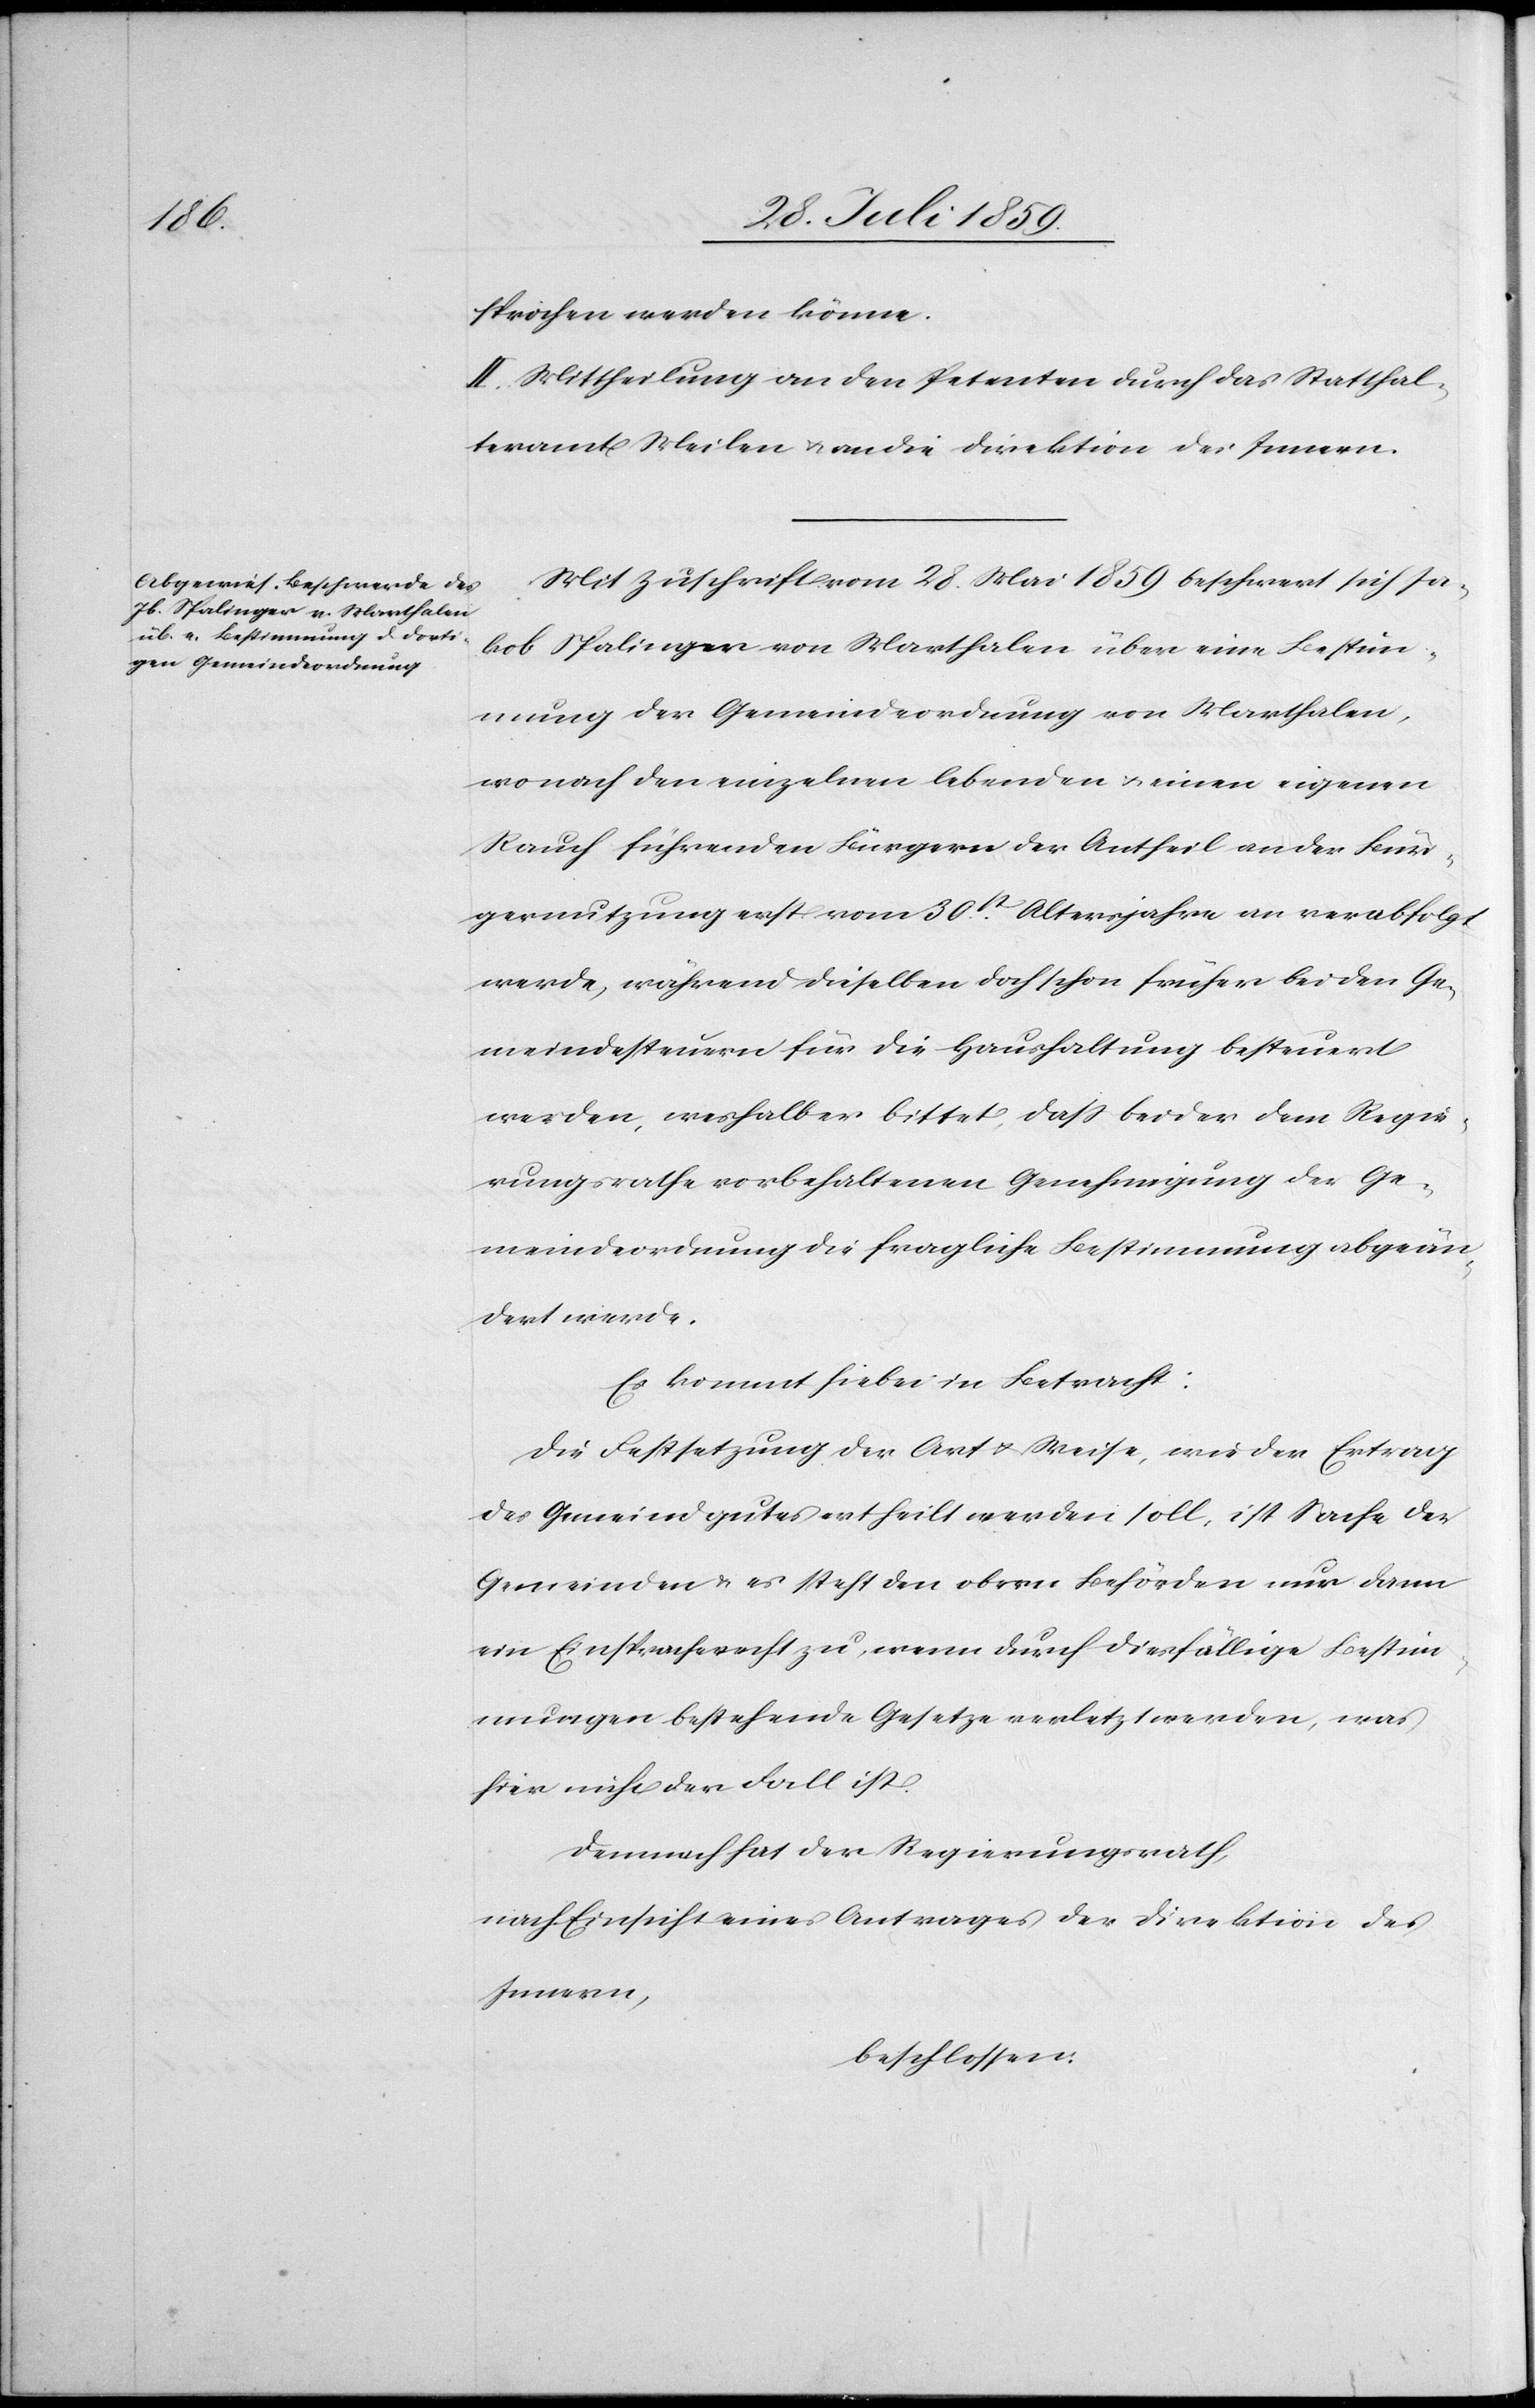
sprochen werden könne.
II. Mittheilung an den Petenten durch das Statthal¬
teramt Meilen u. an die Direktion des Innern.
Mit Zuschrift vom 28. Mai 1859 beschwert sich Ja¬
kob Spalinger von Marthalen über eine Bestim¬
mung der Gemeindeordnung von Marthalen,
wonach der einzelnen lebenden u. einen eigenen
Rauch führenden Bürgern der Antheil an der Bür¬
gernutzung erst vom 30st[en]. Altersjahre an verabfolgt
werde, während dieselben doch schon früher bei den Ge¬
meindesteuern für die Haushaltung besteuert
werden, weshalb er bittet, daß bei der dem Regie¬
rungsrathe vorbehaltenen Genehmigung der Ge¬
meindeordnung die fragliche Bestimmung abgeän¬
dert werde.
Es kommt hiebei in Betracht:
Die Festsetzung der Art u. Weise, wie der Ertrag
des Gemeindgutes ertheilt werden soll, ist Sache der
Gemeinden u. es steht den obern Behörden nur dann
ein Einspracherecht zu, wenn durch diesfällige Bestim¬
mungen bestehende Gesetze verletzt werden, was
hier nicht der Fall ist.
Demnach hat der Regierungsrath,
nach Einsicht eines Antrages der Direktion des
Innern,
beschlossen: